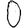
Digit: 0